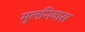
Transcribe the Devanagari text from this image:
मूलनिवास